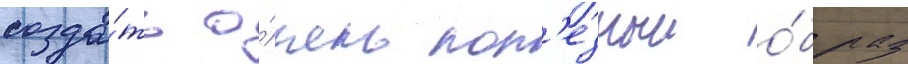
созда́ть о́чень пол'езныи о́браз